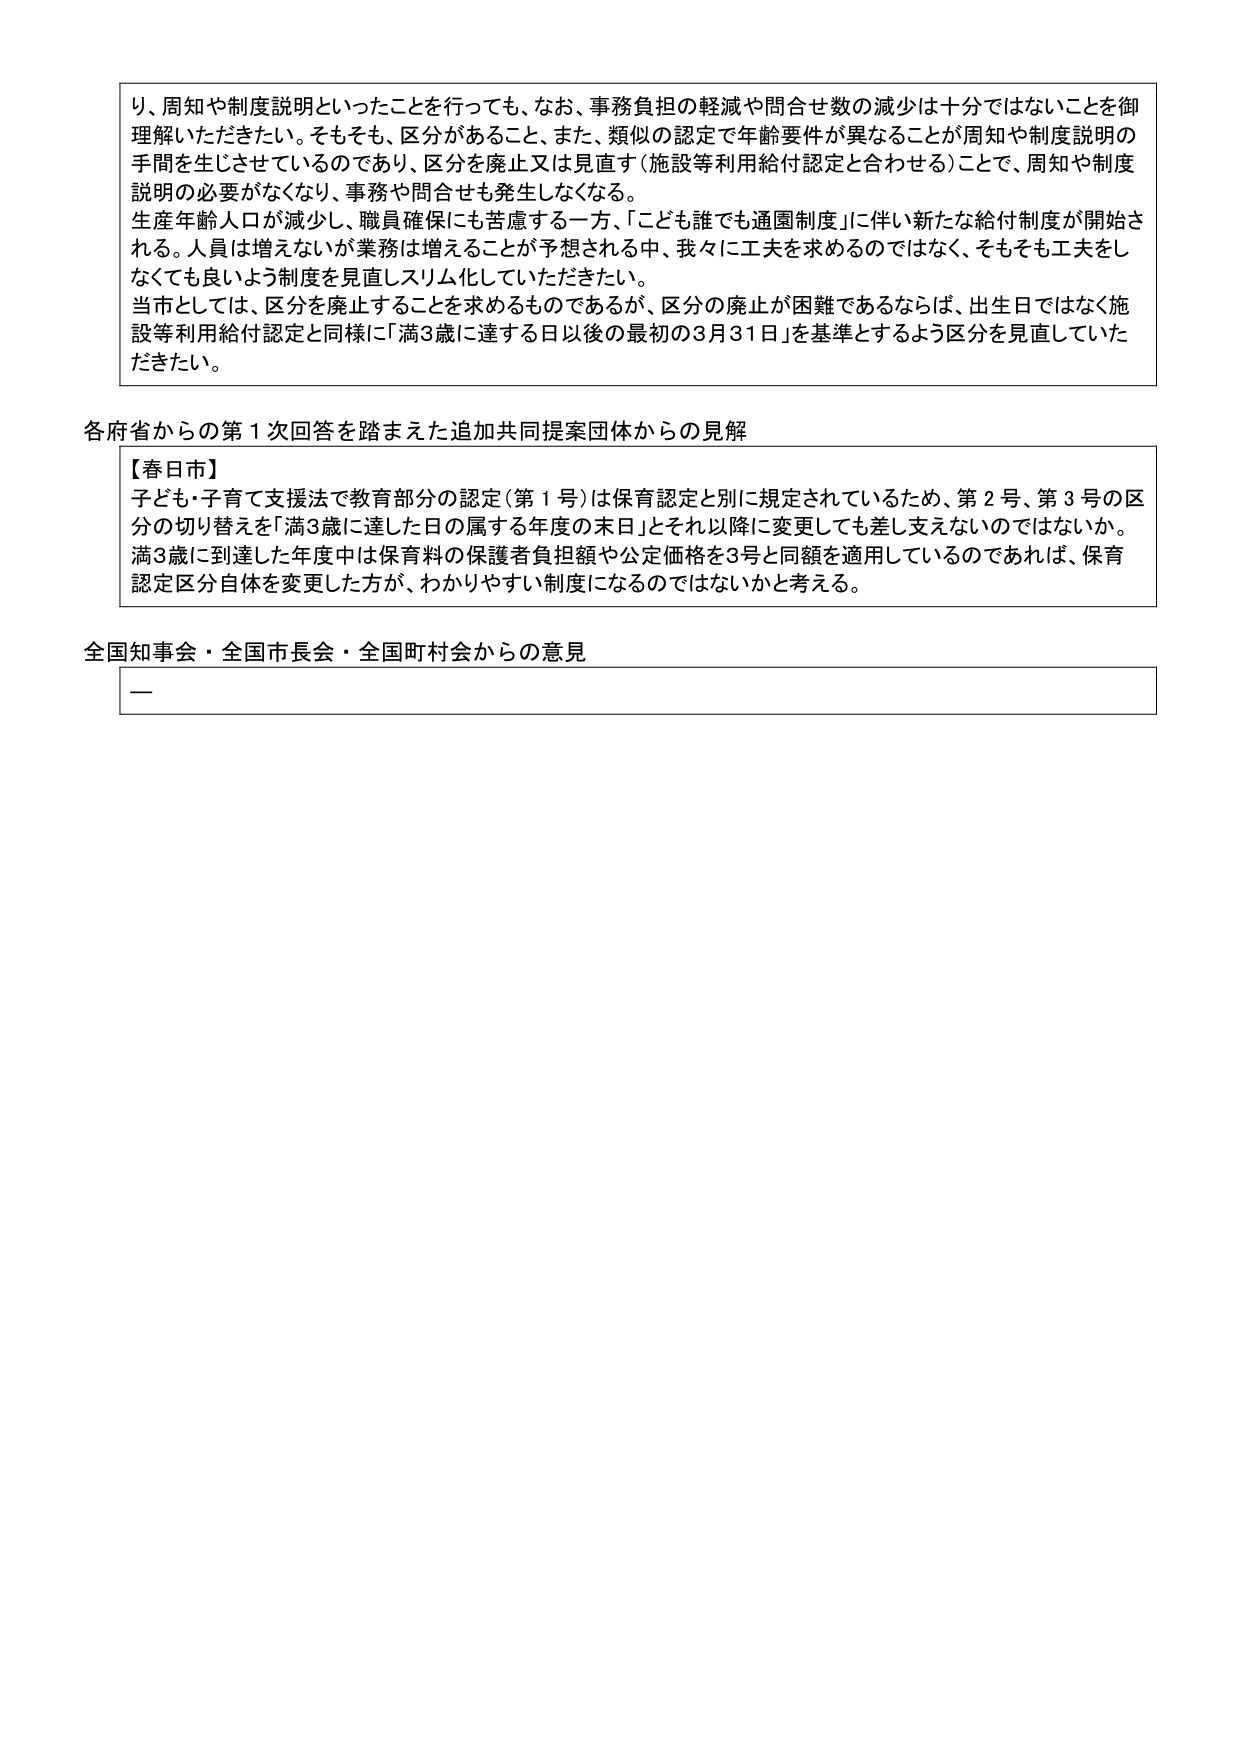
り、周知や制度説明といったことを行っても、なお、事務負担の軽減や問合せ数の減少は十分ではないことを御理解いただきたい。そもそも、区分があること、また、類似の認定で年齢要件が異なることが周知や制度説明の手間を生じさせているのであり、区分を廃止又は見直す（施設等利用給付認定と合わせる）ことで、周知や制度説明の必要がなくなり、事務や問合せも発生しなくなる。

生産年齢人口が減少し、職員確保にも苦慮する一方、「こども誰でも通園制度」に伴い新たな給付制度が開始される。人員は増えないが業務は増えることが予想される中、我々に工夫を求めるのではなく、そもそも工夫をしなくても良いよう制度を見直しスリム化していただきたい。

当市としては、区分を廃止することを求めるものであるが、区分の廃止が困難であるならば、出生日ではなく施設等利用給付認定と同様に「満3歳に達する日以後の最初の3月31日」を基準とするよう区分を見直していただきたい。

各府省からの第1次回答を踏まえた追加共同提案団体からの見解

【春日市】
子ども・子育て支援法で教育部分の認定（第1号）は保育認定と別に規定されているため、第2号、第3号の区分の切り替えを「満3歳に達した日の属する年度の末日」とそれ以降に変更しても差し支えないのではないか。満3歳に到達した年度中は保育料の保護者負担額や公定価格を3号と同額を適用しているのであれば、保育認定区分自体を変更した方が、わかりやすい制度になるのではないかと考える。

全国知事会・全国市長会・全国町村会からの意見

ー